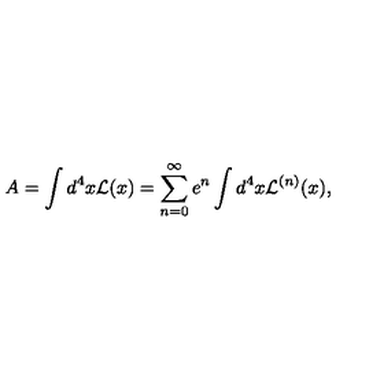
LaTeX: A = \int d ^ { 4 } x { \cal L } ( x ) = \sum _ { n = 0 } ^ { \infty } e ^ { n } \int d ^ { 4 } x { \cal L } ^ { ( n ) } ( x ) ,